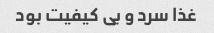
غذا سرد و بی کیفیت بود